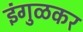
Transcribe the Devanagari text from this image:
इंगुळकर